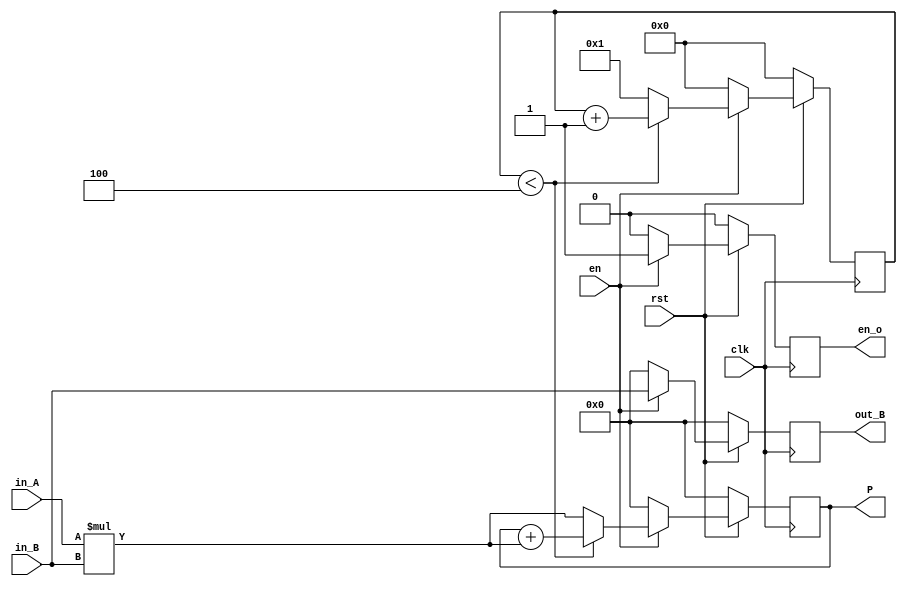
`timescale 1ns / 1ps
//////////////////////////////////////////////////////////////////////////////////
// Company: 
// Engineer: 
// 
// Design Name: 
// Module Name: PE1
// Project Name: 
// Target Devices: 
// Tool Versions: 
// Description: 
// 
// Dependencies: 
// 
// Revision:
// Revision 0.01 - File Created
// Additional Comments:
// 
//////////////////////////////////////////////////////////////////////////////////


module PE1#(parameter WIDTH=8, DIMENSION=4)
(clk,rst,en,in_A,in_B,out_B,P,en_o

    );
    input clk;
    input rst;
    input en;
    input [WIDTH-1:0] in_A;
    input [WIDTH-1:0] in_B;
    output reg [WIDTH-1:0] out_B;
    output reg[WIDTH-1:0] P;
    output reg en_o;
   
     reg[WIDTH-1:0] P_tmp;
     reg [4:0] count;
   
    always @(posedge clk)
    begin
    if(!rst )
    begin
    out_B<=0;
    P<=0;
    P_tmp<=0;
    en_o<=0;

    end
    else if(en)
    begin
    if(count<DIMENSION)
    begin
     out_B<=in_B;
     P_tmp<=0;
     P<=P+in_A*in_B;
     en_o<=1;
     end
     else
     begin
      out_B<=in_B;
     P_tmp<=0;
     P<=in_A*in_B;
     en_o<=1;
     end
    end
    else 
    begin
    out_B<=0;
    P<=0;
    P_tmp<=0;
    en_o<=0;

    end
    end
    
    always @(posedge clk)
    begin
    if(!rst)
    count<=0;
    else if (en)
      begin
       if(count<DIMENSION)
       count<=count+1;
       else
       begin
       count<=1;

       end
      end
     else
     count<=0;
    
    end
    
   
 
    
    
    
    
    
endmodule